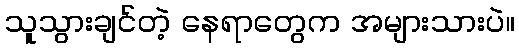
သူသွားချင်တဲ့ နေရာတွေက အများသားပဲ။